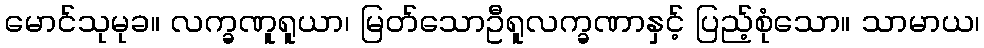
မောင်သုမုခ။ လက္ခဏူရူယာ၊ မြတ်သောဦရူလက္ခဏာနှင့် ပြည့်စုံသော။ သာမာယ၊